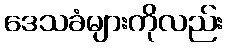
ဒေသခံများကိုလည်း